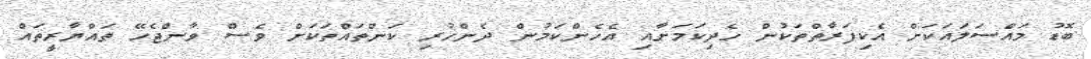
ބޮޑު މައްސަލައަކަށް އެކިފަރާތްތަކުން ހެދިކަމަށާއި އެހެންކަމުން ދެންހުރި ކަންތައްތަކަށް ވެސް ވާންޖެހޭ ތައްޔާރީތައް